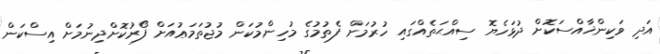
އަދި ވަކިންޚާއްސަކޮށް ދުޅަހެޔޮ ސިއްޙަތެއްގައި ހުރުމަށް ފެތުމުގެ މުހިންމުކަން މުޖުތަމަޢުއަށް ފޯރުކޮށްދިނުމަށް އިސްކަން